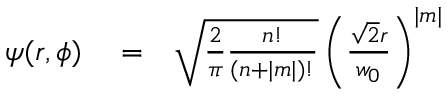
\begin{array} { r l r } { \psi ( r , \phi ) } & { { } = } & { \sqrt { \frac { 2 } { \pi } \frac { n ! } { ( n + | m | ) ! } } \left( \frac { \sqrt { 2 } r } { w _ { 0 } } \right) ^ { | m | } } \end{array}